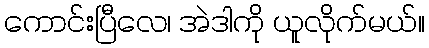
ကောင်းပြီလေ၊ အဲဒါကို ယူလိုက်မယ်။